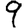
Digit: 9